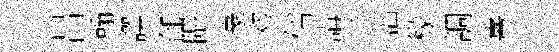
吕翰譔邰隈豪効俗講亍淄檬調憙